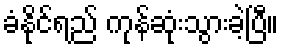
ခံနိုင်ရည် ကုန်ဆုံးသွားခဲ့ပြီ။